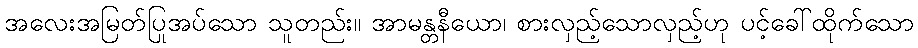
အလေးအမြတ်ပြုအပ်သော သူတည်း။ အာမန္တနီယော၊ စားလှည့်သောလှည့်ဟု ပင့်ခေါ်ထိုက်သော